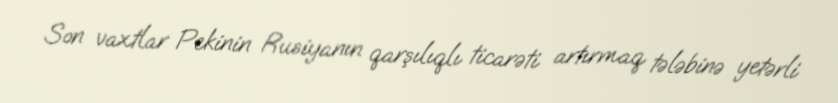
Son vaxtlar Pekinin Rusiyanın qarşılıqlı ticarəti artırmaq tələbinə yetərli